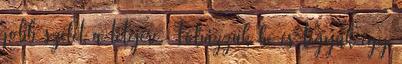
jobb szélét a tetejére. Fóliázzuk be és tegyük egy